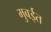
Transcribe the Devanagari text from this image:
मुबईत